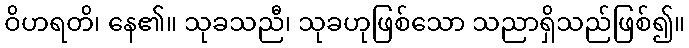
ဝိဟရတိ၊ နေ၏။ သုခသညီ၊ သုခဟုဖြစ်သော သညာရှိသည်ဖြစ်၍။